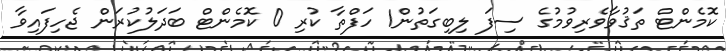
ކޮމެންޓް ތަޤުވާވެރިވުމުގެ ސިފަ ލިބިގަތުން1 ހަފްތާ ކުރި 0 ކޮމެންޓް ބަދަލުކުރަން ޖެހިފައިވާ